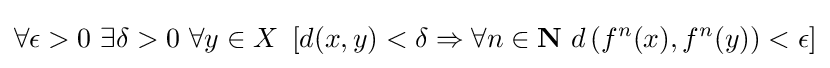
\forall \epsilon >0\ \exists \delta >0\ \forall y\in X\ \left[d(x,y)<\delta \Rightarrow \forall n\in \mathbf {N} \ d\left(f^{n}(x),f^{n}(y)\right)<\epsilon \right]